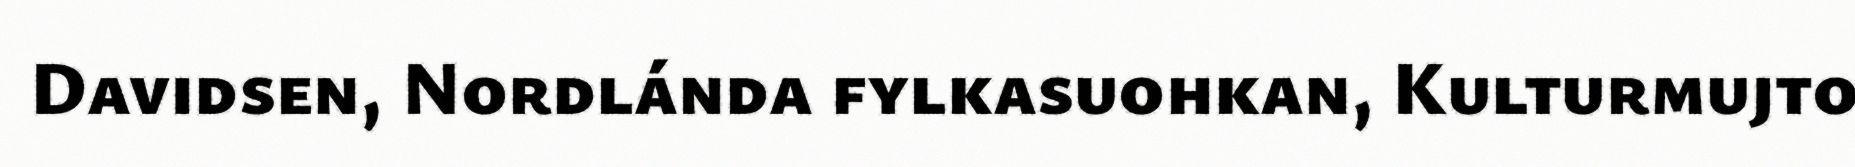
Davidsen, Nordlánda fylkasuohkan, Kulturmujto